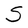
Character: S